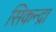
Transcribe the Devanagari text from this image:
सिकन्द्रा